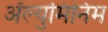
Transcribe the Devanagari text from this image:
ॲल्युमिनिंम